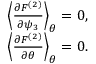
\begin{array} { r } { \left< { \frac { \partial F ^ { ( 2 ) } } { \partial \psi _ { 3 } } } \right> _ { \theta } = 0 , } \\ { \left< { \frac { \partial F ^ { ( 2 ) } } { \partial \theta } } \right> _ { \theta } = 0 . } \end{array}